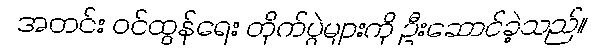
အတင်း ဝင်ထွန်ရေး တိုက်ပွဲများကို ဦးဆောင်ခဲ့သည်။